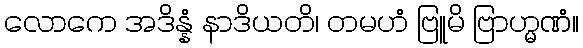
လောကေ အဒိန္နံ နာဒိယတိ၊ တမဟံ ဗြူမိ ဗြာဟ္မဏံ။